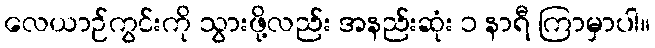
လေယာဉ်ကွင်းကို သွားဖို့လည်း အနည်းဆုံး ၁ နာရီ ကြာမှာပါ။